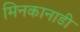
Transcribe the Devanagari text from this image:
मिनकानाडी